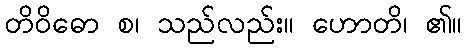
တိဝိဓော စ၊ သည်လည်း။ ဟောတိ၊ ၏။